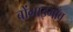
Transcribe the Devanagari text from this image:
बोंगाइगाँव